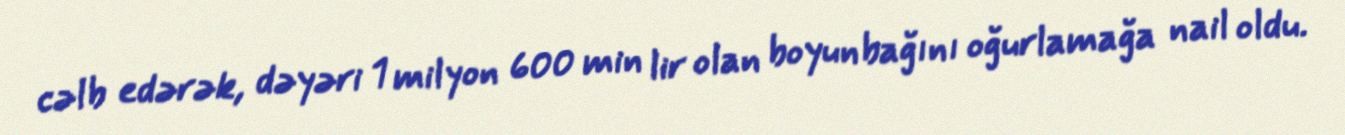
cəlb edərək, dəyəri 1 milyon 600 min lir olan boyunbağını oğurlamağa nail oldu.